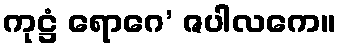
ကုဋ္ဌံ ရောဂေ’ ဇပါလကေ။